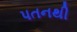
પતનથી